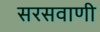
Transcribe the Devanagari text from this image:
सरसवाणी